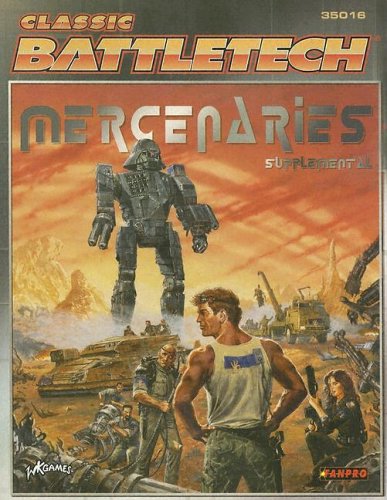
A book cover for Classic Battletech: Mercenaries Supplemental I (FPR35016); FanPro; Science Fiction & Fantasy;